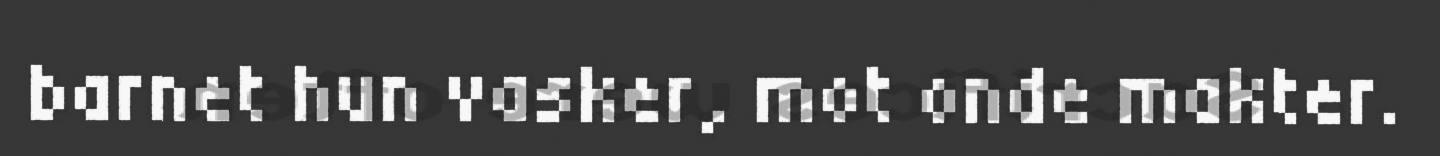
barnet hun vasker, mot onde makter.